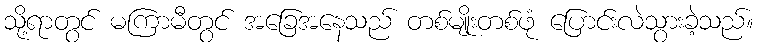
သို့ရာတွင် မကြာမီတွင် အခြေအနေသည် တစ်မျိုးတစ်ဖုံ ပြောင်းလဲသွားခဲ့သည်။